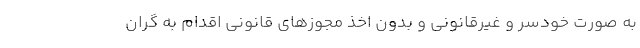
به صورت خودسر و غیرقانونی و بدون اخذ مجوزهای قانونی اقدام به گران